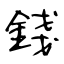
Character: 錢